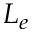
L _ { e }